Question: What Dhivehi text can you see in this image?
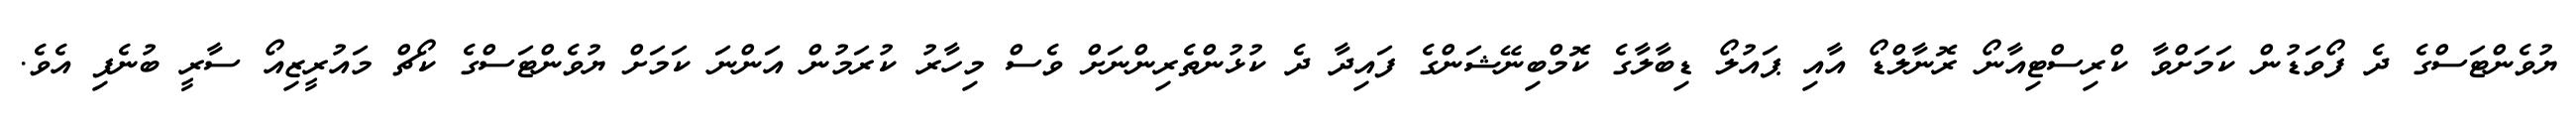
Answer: ޔުވެންޓަސްގެ ދެ ފޯވަޑުން ކަމަށްވާ ކްރިސްޓިއާނޯ ރޮނާލްޑޯ އާއި ޕައުލޯ ޑިބާލާގެ ކޮމްބިނޭޝަންގެ ފައިދާ ދެ ކުޅުންތެރިންނަށް ވެސް މިހާރު ކުރަމުން އަންނަ ކަމަށް ޔުވެންޓަސްގެ ކޯޗް މައުރީޒިއޯ ސާރީ ބުނެފި އެވެ.